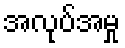
အလုပ်အမှု